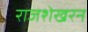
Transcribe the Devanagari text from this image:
राजशेखरन